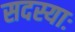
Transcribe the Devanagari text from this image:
सदस्याः